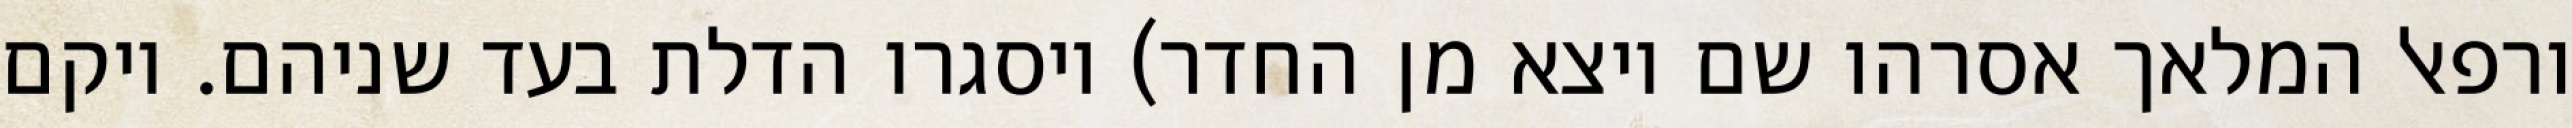
ורפאל המלאך אסרהו שם ויצא מן החדר) ויסגרו הדלת בעד שניהם. ויקם